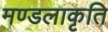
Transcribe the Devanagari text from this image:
मण्डलाकृति